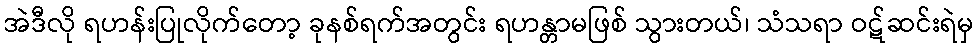
အဲဒီလို ရဟန်းပြုလိုက်တော့ ခုနစ်ရက်အတွင်း ရဟန္တာမဖြစ် သွားတယ်၊ သံသရာ ဝဋ်ဆင်းရဲမှ